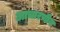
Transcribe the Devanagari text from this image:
आचारणीय